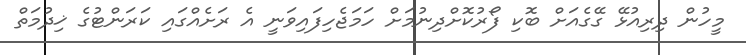
މީހުން ދިރިއުޅޭ ގޭގެއަށް ބޮކި ފޯރުކޮށްދިނުމަށް ހަމަޖެހިފައިވަނީ އެ ރަށެއްގައި ކަރަންޓުގެ ޚިދުމަތް